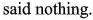
and said nothing.